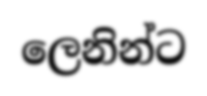
ලෙනින්ට